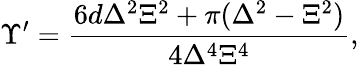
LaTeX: \Upsilon^{\prime}=\frac{6d\Delta^{2}\Xi^{2}+\pi(\Delta^{2}-\Xi^{2})}{4\Delta^{4}\Xi^{4}},